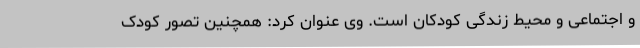
و اجتماعی و محیط زندگی کودکان است. وی عنوان کرد: همچنین تصور کودک